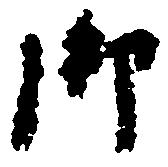
御